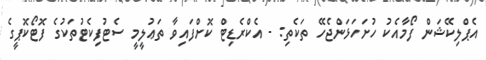
އެޕްލިކޭޝަން ފޯމާއެކު ހުށަހަޅަންޖެހޭ ތަކެތި: - އެކްރެޑިޓް ކޮށްފައިވާ ތަޢުލީމީ ސެޓުފިކެޓުތަކުގެ ފޮޓޯކޮޕީގެ